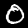
Digit: 0